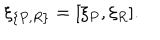
\xi _ { \{ P , R \} } = [ \xi _ { P } , \xi _ { R } ] .